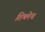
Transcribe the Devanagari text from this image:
तिथ्लेच